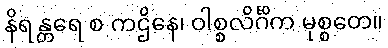
နိရန္တရေ စ ကဌိနေ၊ ဝါစ္စလိင်္ဂိက မုစ္စတေ။